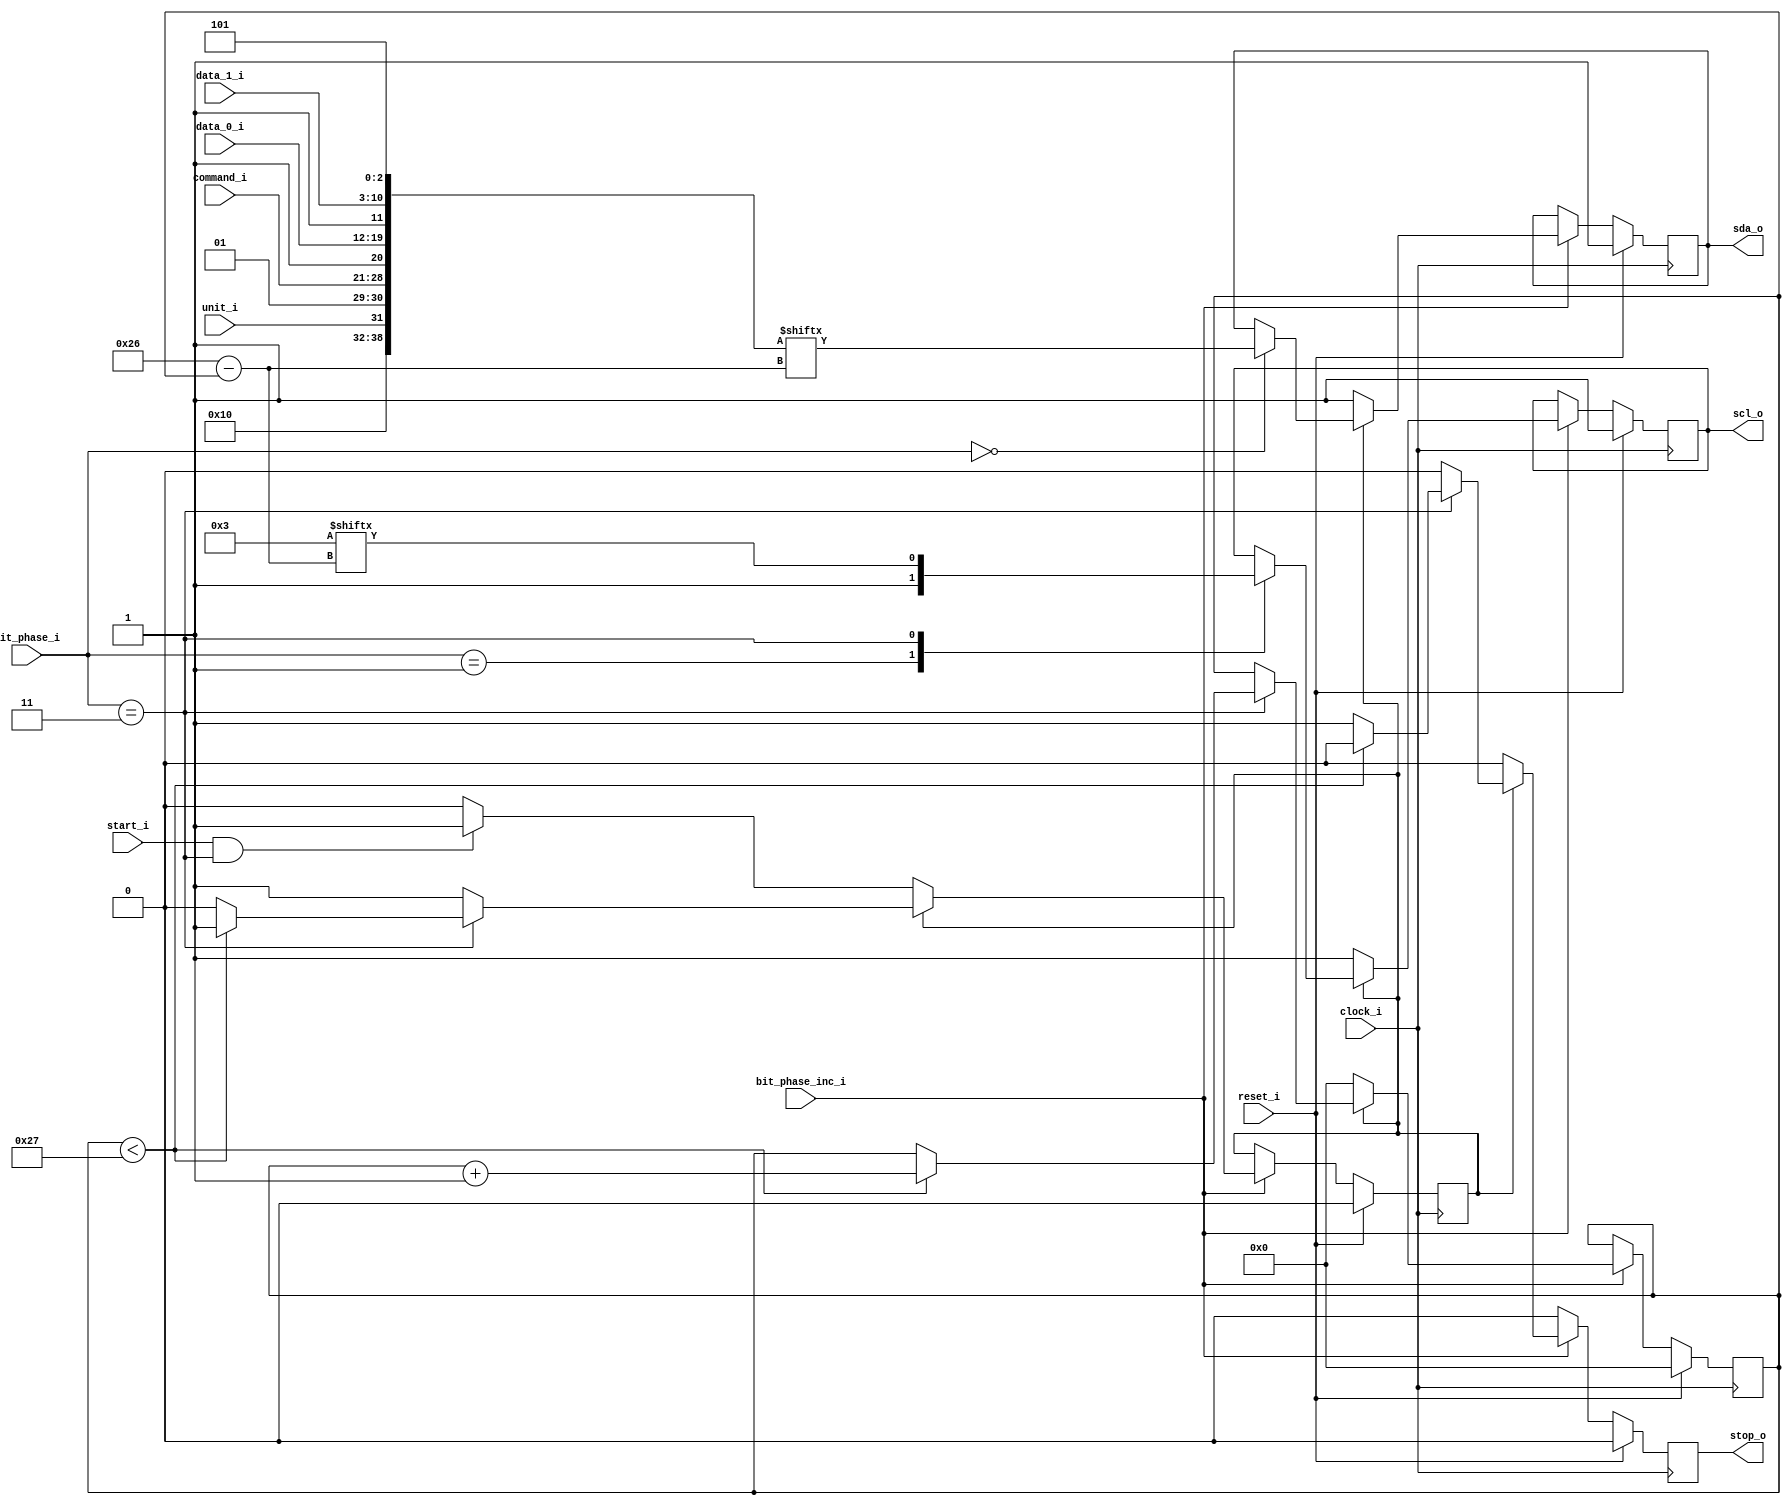
//
// TCA6416A I2C writer for configuration and I/O
//
// Copyright (c) 2014 Jared Boone, ShareBrained Technology, Inc.
//
// This file is part of Project Daisho.
//
// This program is free software; you can redistribute it and/or modify
// it under the terms of the GNU General Public License as published by
// the Free Software Foundation; either version 2, or (at your option)
// any later version.
//
// This program is distributed in the hope that it will be useful,
// but WITHOUT ANY WARRANTY; without even the implied warranty of
// MERCHANTABILITY or FITNESS FOR A PARTICULAR PURPOSE.  See the
// GNU General Public License for more details.
//
// You should have received a copy of the GNU General Public License
// along with this program; see the file COPYING.  If not, write to
// the Free Software Foundation, Inc., 51 Franklin Street,
// Boston, MA 02110-1301, USA.
//

module i2c_tca6416a_writer (
	input					clock_i,
	input					reset_i,
	
	input					unit_i,
	input		[7:0]		command_i,
	input		[7:0]		data_0_i,
	input		[7:0]		data_1_i,
	
	input					start_i,
	output				stop_o,
	
	input		[1:0]		bit_phase_i,
	input					bit_phase_inc_i,
	
	output				scl_o,
	output				sda_o
);

/* I2C constants */

parameter	I2C_DIR_WRITE	= 1'b0,
				I2C_DIR_READ	= 1'b1;

parameter SLAVE_ADDR_PREFIX = 6'b010000;

wire 			[6:0]		slave_address = { SLAVE_ADDR_PREFIX, unit_i };

parameter XFER_LENGTH = 'd39;

/* NOTE: Array indexed in reverse to make addressing simpler. */
wire [0:XFER_LENGTH - 1] xfer_data = {
	1'b0,				// Start
	slave_address,
	I2C_DIR_WRITE,
	1'b1,				// Ack from slave
	command_i,
	1'b1,				// Ack from slave
	data_0_i,		// Data: Configuration port 0
	1'b1,				// Ack from slave
	data_1_i,		// Data: Configuration port 1
	1'b1,				// Ack from slave
	1'b0,				// Stop
	1'b1				// Idle
};

/* NOTE: Array indexed in reverse to make addressing simpler. */
wire [0:XFER_LENGTH - 1] xfer_clock_skip = {
	1'b0,				// Start
	7'b0000000,		// IO expander address
	1'b0,				// Direction
	1'b0,				// Ack
	8'b00000000,	// Command
	1'b0,				// Ack
	8'b00000000,	// Data
	1'b0,				// Ack
	8'b00000000,	// Data
	1'b0,				// Ack
	1'b1,				// Stop
	1'b1				// Idle
};

reg		[5:0]		index_q = 0;

reg					scl_q = 0;
reg					sda_q = 0;
reg					running_q = 0;
reg					stop_q = 0;

assign	scl_o = scl_q;
assign	sda_o = sda_q;
assign	stop_o = stop_q;

always @(posedge clock_i) begin
	stop_q <= 0;

	if( reset_i ) begin
		scl_q <= 1;
		sda_q <= 1;
		running_q <= 0;
		index_q <= 0;
	end
	else begin
		if( bit_phase_inc_i ) begin
			if( running_q ) begin
				case( bit_phase_i )
				0: begin
					sda_q <= xfer_data[index_q];
				end
				
				1: begin
					scl_q <= 1;
				end
				
				2: begin
				end
				
				3: begin
					scl_q <= xfer_clock_skip[index_q];
					if( index_q < XFER_LENGTH ) begin
						index_q <= index_q + 1'b1;
					end
					else begin
						stop_q <= 1;
						running_q <= 0;
					end
				end
				
				endcase
			end
			else begin
				scl_q <= 1;
				sda_q <= 1;
				index_q <= 0;
				if( start_i && (bit_phase_i == 3) )
					running_q <= 1;
			end
		end
	end
end

endmodule